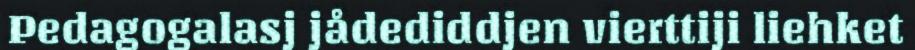
Pedagogalasj jådediddjen vierttiji liehket